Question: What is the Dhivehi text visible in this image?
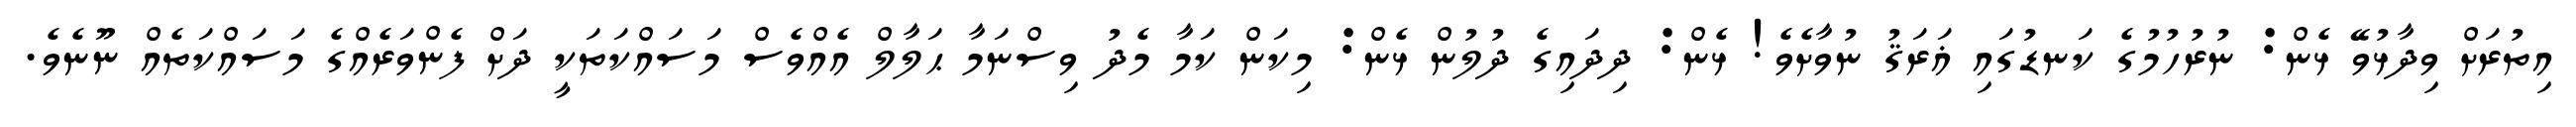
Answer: އިތުރަށް ވިދާޅުވޭ ޅެން: ނުރުހުމުގެ ކަނޑުގައި ޣަރަޤު ނުވާށެވެ! ޅެން: ދިދައިގެ ދުލުން ޅެން: މިކަން ކަމާ މެދު ވިސްނަމާ ޙަލާލް އެއްވެސް މަސައްކަތަކީ ދަށް ފެންވަރެއްގެ މަސައްކަތެއް ނޫނެވެ.